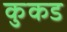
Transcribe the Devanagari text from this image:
कुकड